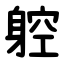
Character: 躻